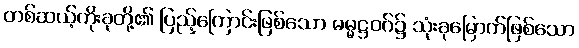
တစ်ဆယ့်ကိုးခုတို့၏ ပြည့်ကြောင်းဖြစ်သော ဓမ္မဋ္ဌဝဂ်၌ သုံးခုမြောက်ဖြစ်သော